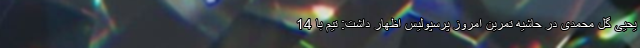
یحیی گل محمدی در حاشیه تمرین امروز پرسپولیس اظهار داشت: تیم با 14